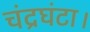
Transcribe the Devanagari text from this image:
चंद्रघंटा।